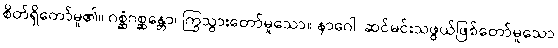
စိတ်ရှိတော်မူ၏။ ဂစ္ဆံဂစ္ဆန္တော၊ ကြွသွားတော်မူသော။ နာဂေါ၊ ဆင်မင်းသဖွယ်ဖြစ်တော်မူသော